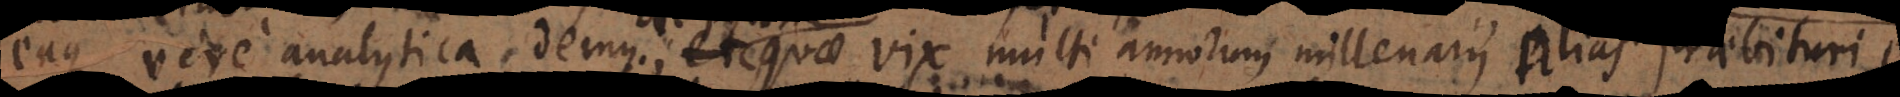
eaque vere analytica demus, et quae vix multi annorum millenarii alias